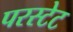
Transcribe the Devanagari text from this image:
परस्टेट